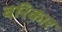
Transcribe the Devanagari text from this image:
बरिकार